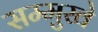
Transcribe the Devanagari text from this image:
सम्मुखे